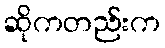
ဆိုကတည်းက